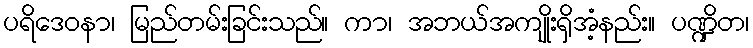
ပရိဒေဝနာ၊ မြည်တမ်းခြင်းသည်။ ကာ၊ အဘယ်အကျိုးရှိအံ့နည်း။ ပဏ္ဍိတ၊